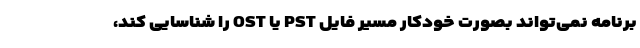
برنامه نمی‌­تواند بصورت خودکار مسیر فایل PST یا OST را شناسایی کند،